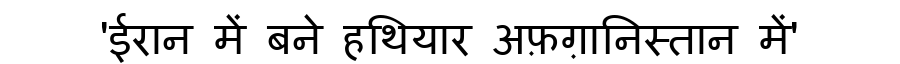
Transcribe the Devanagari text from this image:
'ईरान में बने हथियार अफ़ग़ानिस्तान में'